65_HS1-834228961_62-HQ-83894_Section_1
Agency: FBI
Page 170
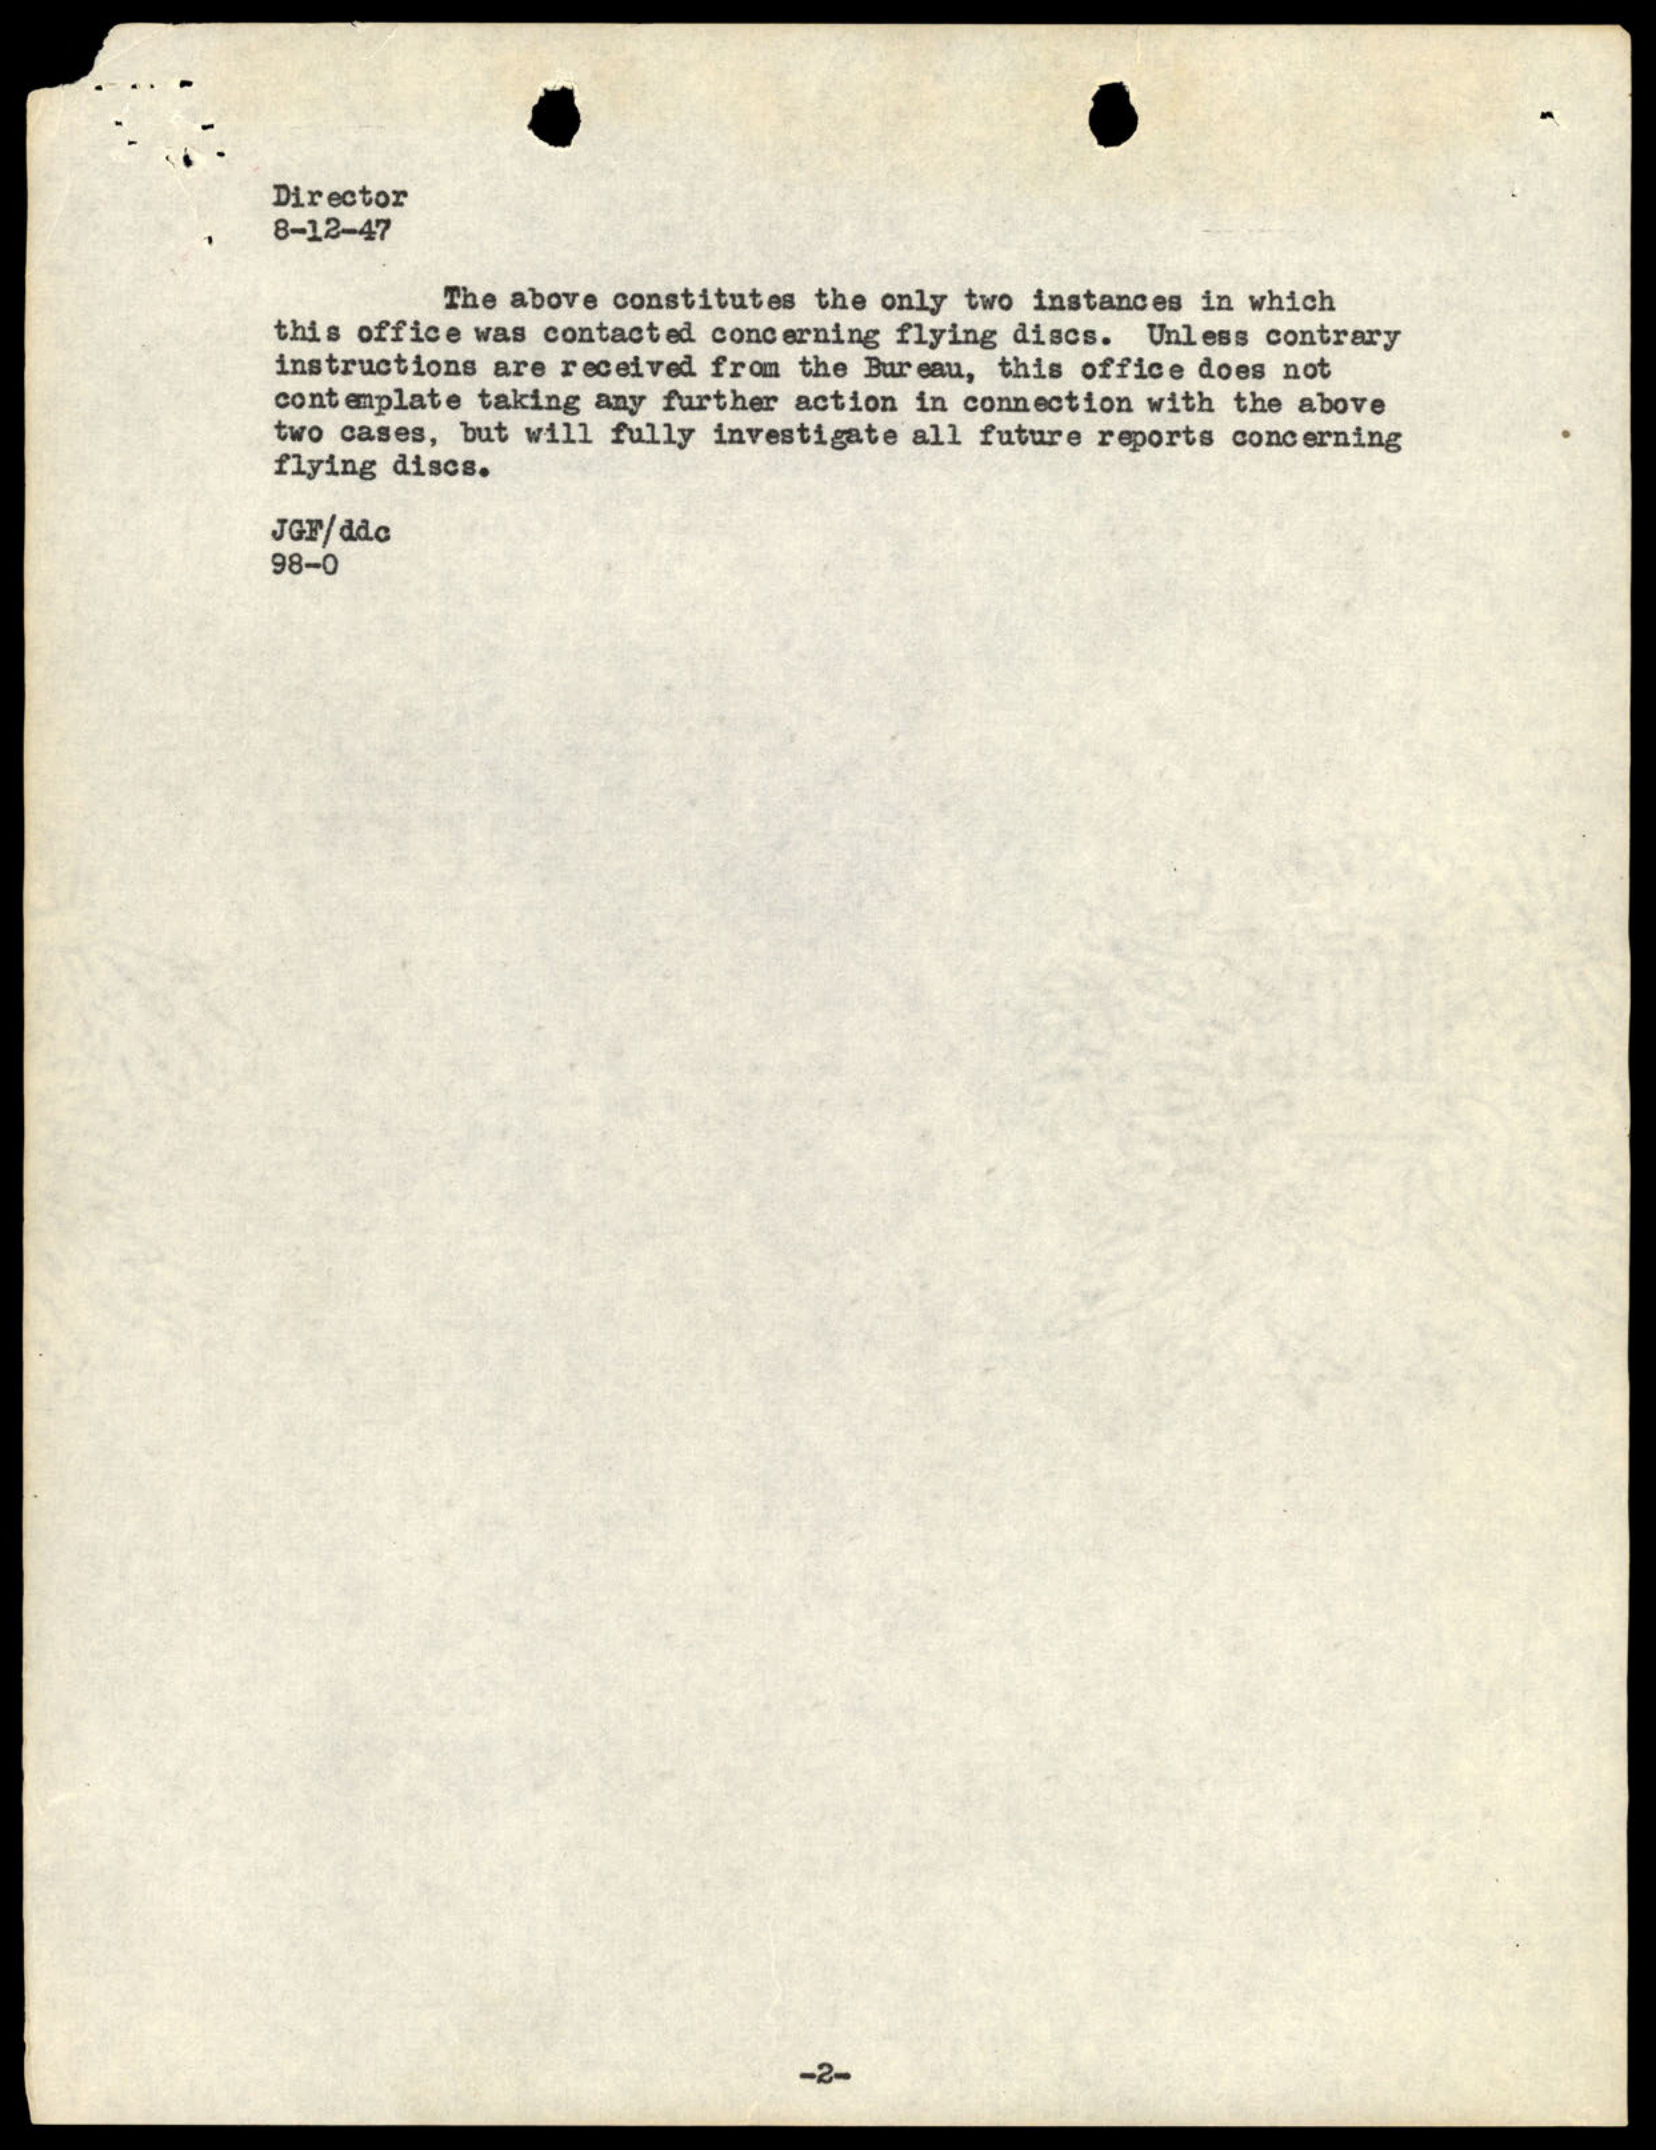